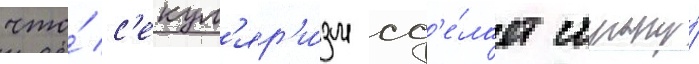
что́ с'екул'яр'и́зм сд'е́лает страну́